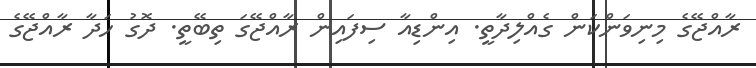
ރާއްޖޭގެ މިނިވަންކަން ގެއްލިދާތީ. އިންޑިއާ ސިފައިން ރާއްޖޭގަ ތިބޭތީ. ދޮގު ހަދާ ރާއްޖޭގެ